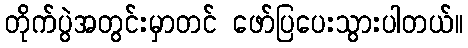
တိုက်ပွဲအတွင်းမှာတင် ဖော်ပြပေးသွားပါတယ်။